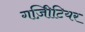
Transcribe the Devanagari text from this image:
गज़िीटियर